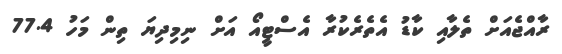
ރާއްޖެއަށް ތެލާއި ކާޑު އެތެރެކުރާ އެސްޓީއޯ އަށް ނިމިދިޔަ ތިން މަހު 77.4